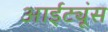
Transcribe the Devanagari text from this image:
आईट्यूंस